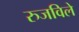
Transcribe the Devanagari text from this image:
रुजविले